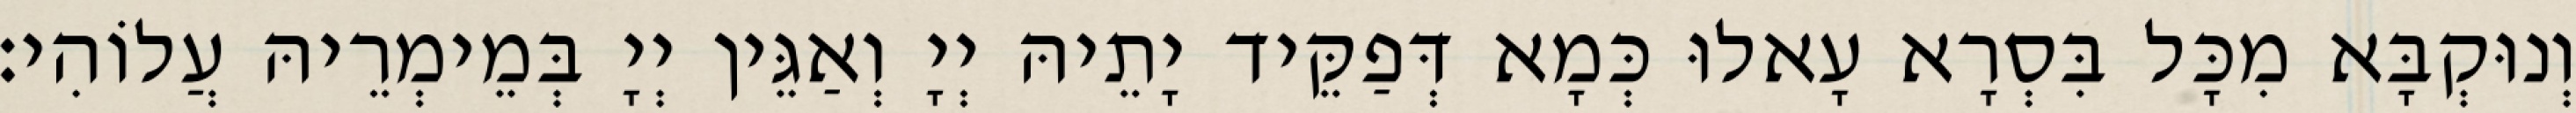
וְנוּקְבָּא מִכָּל בִּסְרָא עָאלוּ כְּמָא דְּפַקֵּיד יָתֵיהּ יְיָ וְאַגֵּין יְיָ בְּמֵימְרֵיהּ עֲלוֹהִי׃